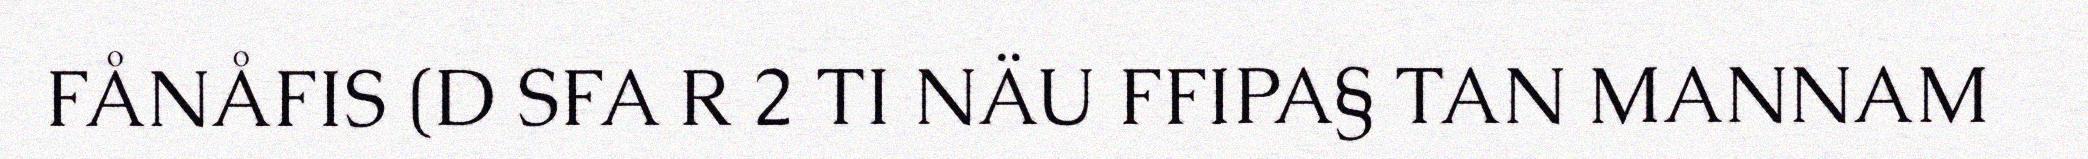
FÅNÅFIS (D SFA R 2 TI NÄU FFIPA§ TAN MANNAM